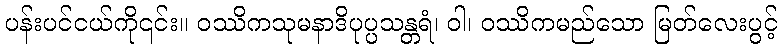
ပန်းပင်ငယ်ကို၎င်း။ ဝဿိကသုမနာဒိပုပ္ပသန္တရံ၊ ဝါ၊ ဝဿိကမည်သော မြတ်လေးပွင့်